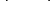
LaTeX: \smash{\left<\mathbf{f}^{\mathrm{L}}\right>}